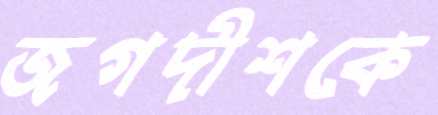
জগদীশকে